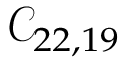
\mathcal { C } _ { 2 2 , 1 9 }